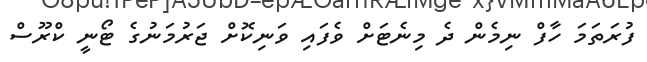
ފުރަތަމަ ހާފް ނިމެން ދެ މިނެޓަށް ވެފައި ވަނިކޮށް ޖަރުމަނުގެ ޓޯނީ ކްރޫސް